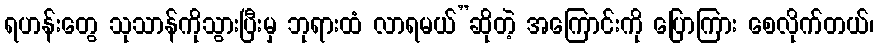
ရဟန်းတွေ သုသာန်ကိုသွားပြီးမှ ဘုရားထံ လာရမယ်”ဆိုတဲ့ အကြောင်းကို ပြောကြား စေလိုက်တယ်၊